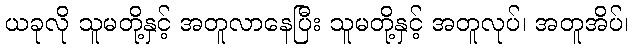
ယခုလို သူမတို့နှင့် အတူလာနေပြီး သူမတို့နှင့် အတူလုပ်၊ အတူအိပ်၊